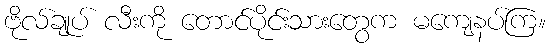
ဗိုလ်ချုပ် လီးကို တောင်ပိုင်းသားတွေက မကျေနပ်ကြ။